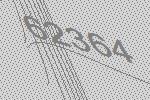
62364